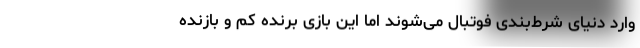
وارد دنیای شرط‌بندی فوتبال می‌شوند اما این بازی برنده کم و بازنده